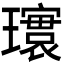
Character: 𪼨